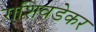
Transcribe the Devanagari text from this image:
राशिवडेकर